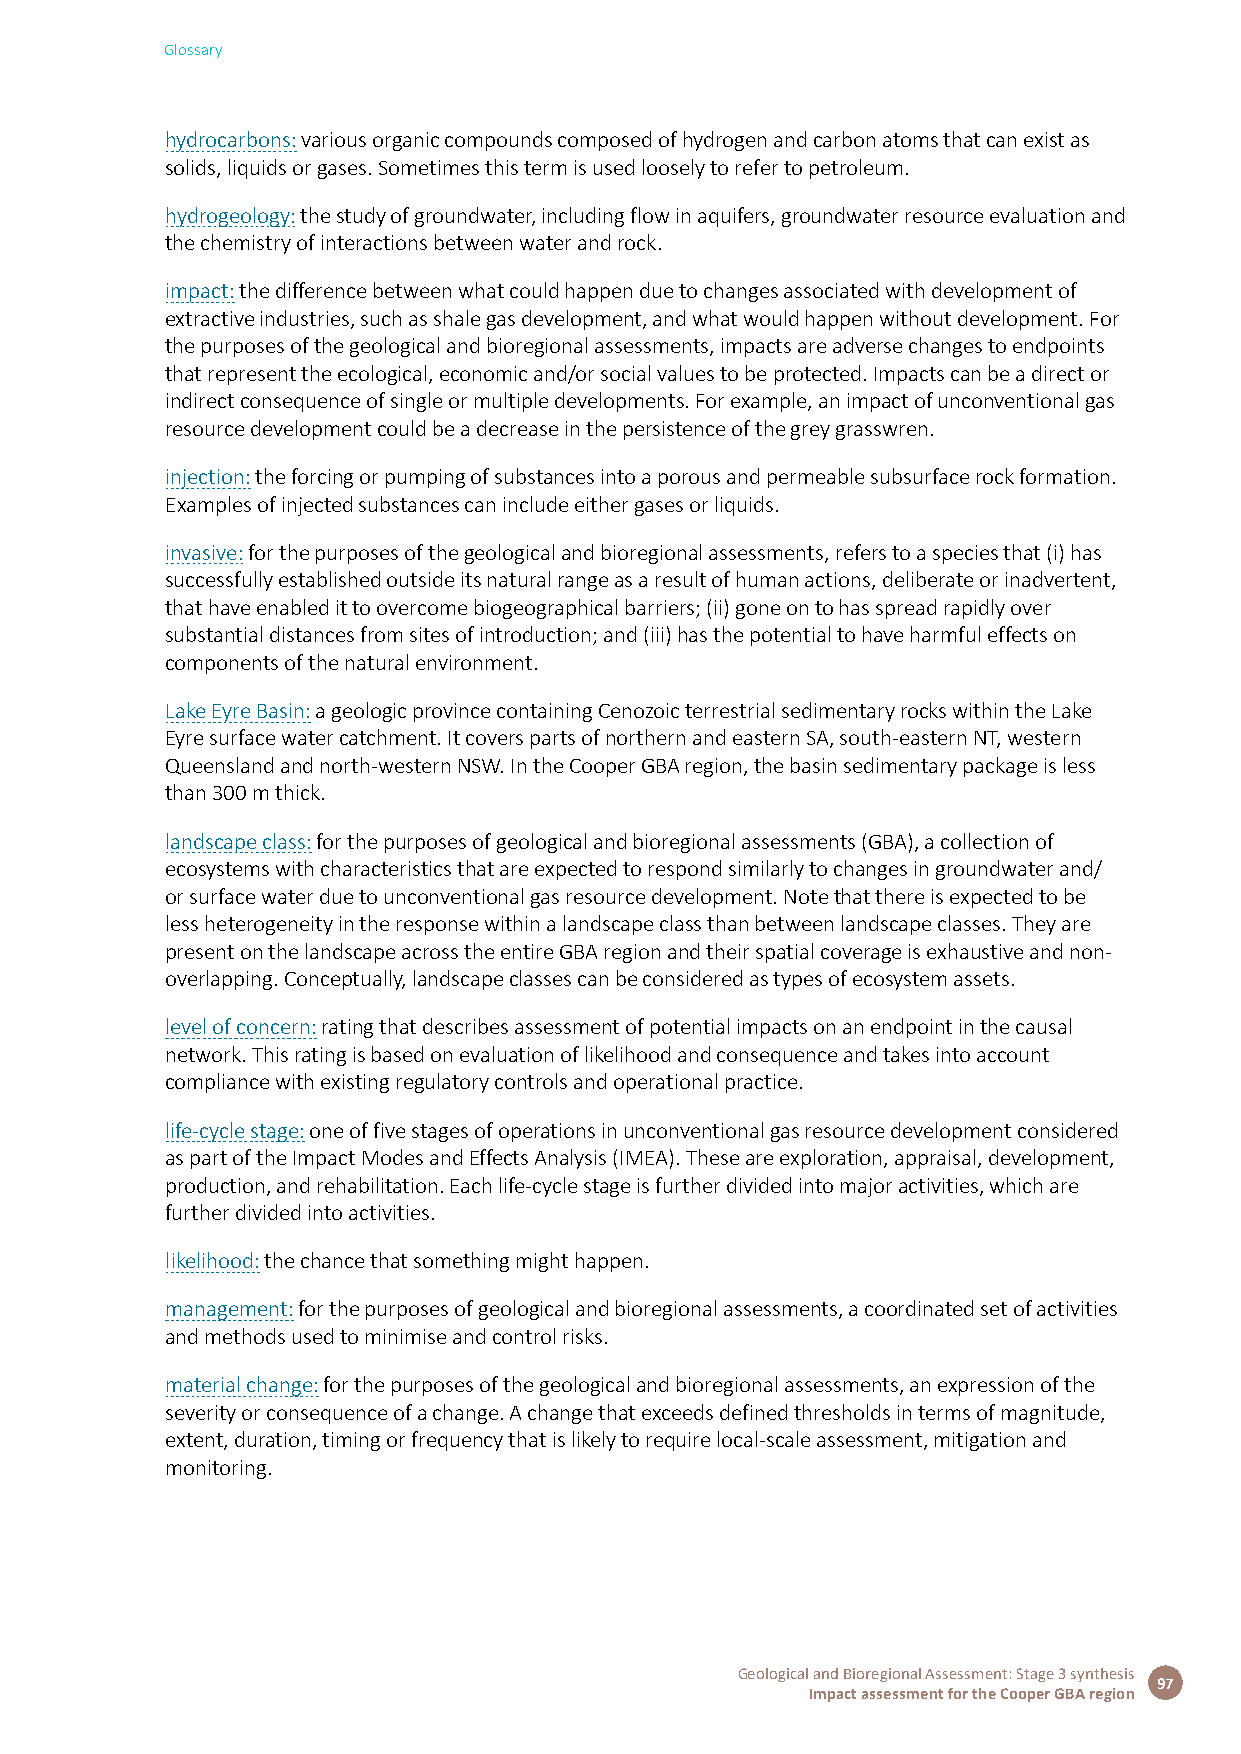
Glossary
 hydrocarbons: various organic compounds composed of hydrogen and carbon atoms that can exist as
 solids, liquids or gases. Sometimes this term is used loosely to refer to petroleum.
 hydrogeology: the study of groundwater, including flow in aquifers, groundwater resource evaluation and
 the chemistry of interactions between water and rock.
 impact: the difference between what could happen due to changes associated with development of
 extractive industries, such as shale gas development, and what would happen without development. For
 the purposes of the geological and bioregional assessments, impacts are adverse changes to endpoints
 that represent the ecological, economic and/or social values to be protected. Impacts can be a direct or
 indirect consequence of single or multiple developments. For example, an impact of unconventional gas
 resource development could be a decrease in the persistence of the grey grasswren.
 injection: the forcing or pumping of substances into a porous and permeable subsurface rock formation.
 Examples of injected substances can include either gases or liquids.
 invasive: for the purposes of the geological and bioregional assessments, refers to a species that (i) has
 successfully established outside its natural range as a result of human actions, deliberate or inadvertent,
 that have enabled it to overcome biogeographical barriers; (ii) gone on to has spread rapidly over
 substantial distances from sites of introduction; and (iii) has the potential to have harmful effects on
 components of the natural environment.
 Lake Eyre Basin: a geologic province containing Cenozoic terrestrial sedimentary rocks within the Lake
 Eyre surface water catchment. It covers parts of northern and eastern SA, south-eastern NT, western
 Queensland and north-western NSW. In the Cooper GBA region, the basin sedimentary package is less
 than 300 m thick.
 landscape class: for the purposes of geological and bioregional assessments (GBA), a collection of
 ecosystems with characteristics that are expected to respond similarly to changes in groundwater and/
 or surface water due to unconventional gas resource development. Note that there is expected to be
 less heterogeneity in the response within a landscape class than between landscape classes. They are
 present on the landscape across the entire GBA region and their spatial coverage is exhaustive and non-
 overlapping. Conceptually, landscape classes can be considered as types of ecosystem assets.
 level of concern: rating that describes assessment of potential impacts on an endpoint in the causal
 network. This rating is based on evaluation of likelihood and consequence and takes into account
 compliance with existing regulatory controls and operational practice.
 life-cycle stage: one of five stages of operations in unconventional gas resource development considered
 as part of the Impact Modes and Effects Analysis (IMEA). These are exploration, appraisal, development,
 production, and rehabilitation. Each life-cycle stage is further divided into major activities, which are
 further divided into activities.
 likelihood: the chance that something might happen.
 management: for the purposes of geological and bioregional assessments, a coordinated set of activities
 and methods used to minimise and control risks.
 material change: for the purposes of the geological and bioregional assessments, an expression of the
 severity or consequence of a change. A change that exceeds defined thresholds in terms of magnitude,
 extent, duration, timing or frequency that is likely to require local-scale assessment, mitigation and
 monitoring.
 Geological and Bioregional Assessment: Stage 3 synthesis
 97
 Impact assessment for the Cooper GBA region